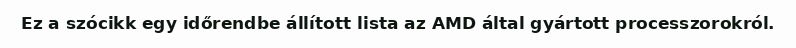
Ez a szócikk egy időrendbe állított lista az AMD által gyártott processzorokról.